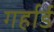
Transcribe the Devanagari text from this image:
गर्हार्ड